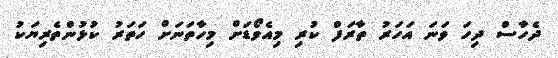
ދެހާސް ދިހަ ވަނަ އަހަރު ތާރަފް ކުރި މިއެވޯޑަށް މިހާތަނަށް ހަތަރު ކުޅުންތެރިޔަކު